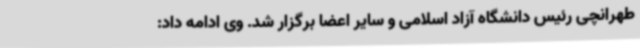
طهرانچی رئیس دانشگاه آزاد اسلامی و سایر اعضا برگزار شد. وی ادامه داد: